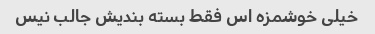
خیلی خوشمزه اس فقط بسته بندیش جالب نیس